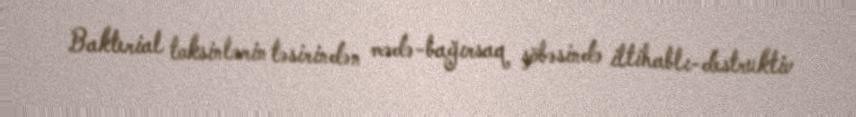
Bakterial toksinlərin təsirindən mədə-bağırsaq şöbəsində iltihablı-destruktiv